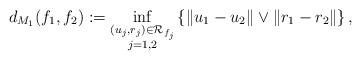
LaTeX: \begin{align*}d_{M_1}(f_1, f_2) := \inf_{\substack{(u_j, r_j)\in\mathcal{R}_{f_j}\\j=1,2}}\left\{\|u_1 - u_2\| \vee \|r_1 - r_2\|\right\},\end{align*}